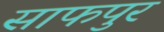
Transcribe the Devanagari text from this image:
साफपुर